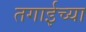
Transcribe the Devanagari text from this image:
तगाईच्या